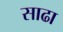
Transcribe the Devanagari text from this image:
साढा